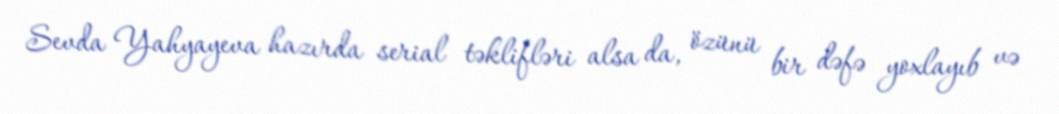
Sevda Yahyayeva hazırda serial təklifləri alsa da, özünü bir dəfə yoxlayıb və